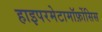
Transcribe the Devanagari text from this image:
हाइपरमेटामॉर्फ़ोसिस